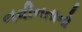
નવીનતાનો